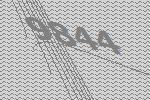
9844